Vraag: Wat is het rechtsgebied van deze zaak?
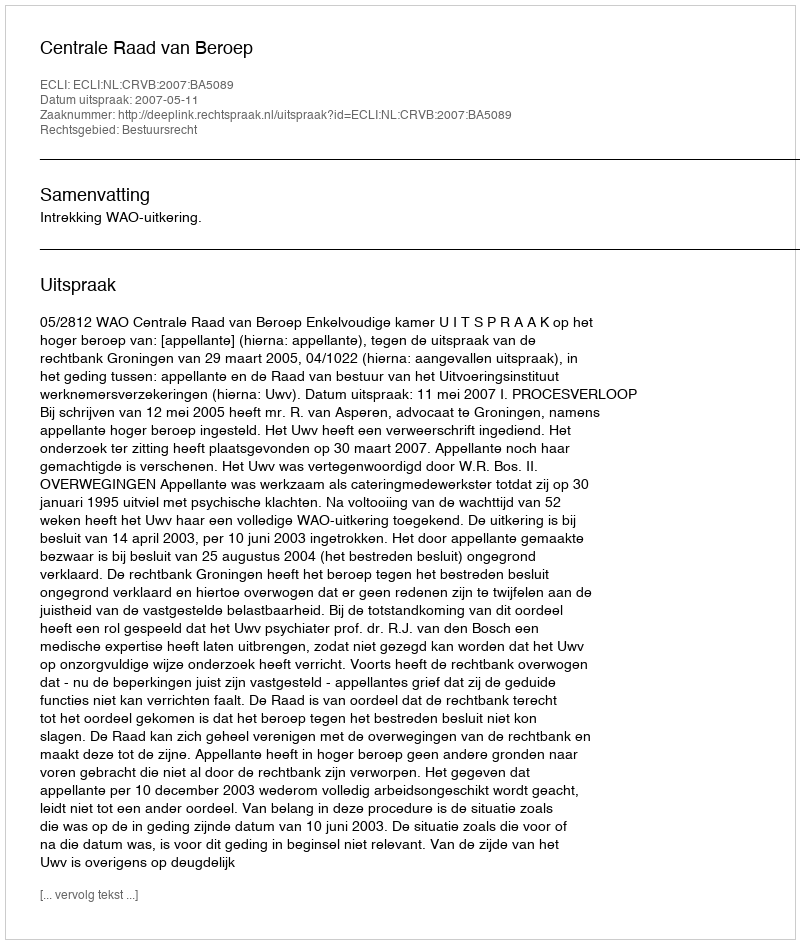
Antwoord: Bestuursrecht